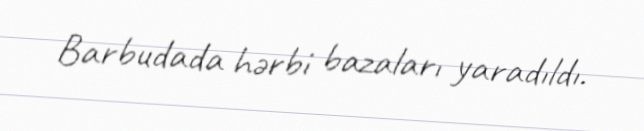
Barbudada hərbi bazaları yaradıldı.